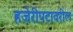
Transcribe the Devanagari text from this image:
हजेरीपटावरील